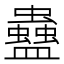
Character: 蠱